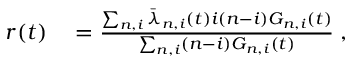
\begin{array} { r l } { r ( t ) } & { { } = \frac { \sum _ { n , i } \bar { \lambda } _ { n , i } ( t ) i ( n - i ) G _ { n , i } ( t ) } { \sum _ { n , i } ( n - i ) G _ { n , i } ( t ) } \; , } \end{array}